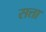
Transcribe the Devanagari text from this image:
सत्ता